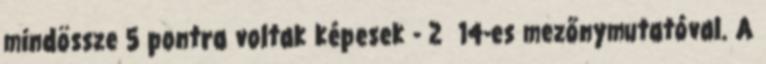
mindössze 5 pontra voltak képesek - 2 14-es mezőnymutatóval. A